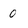
Character: 0